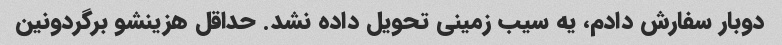
دوبار سفارش دادم، یه سیب زمینی تحویل داده نشد. حداقل هزینشو برگردونین